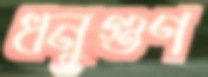
ধনুগুণ